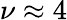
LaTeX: \nu\approx 4